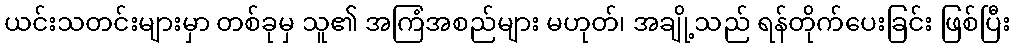
ယင်းသတင်းများမှာ တစ်ခုမှ သူ၏ အကြံအစည်များ မဟုတ်၊ အချို့သည် ရန်တိုက်ပေးခြင်း ဖြစ်ပြီး